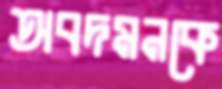
অবদমনকে